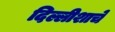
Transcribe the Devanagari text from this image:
दिल्लीशाचे